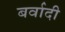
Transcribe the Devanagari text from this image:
बर्वादी